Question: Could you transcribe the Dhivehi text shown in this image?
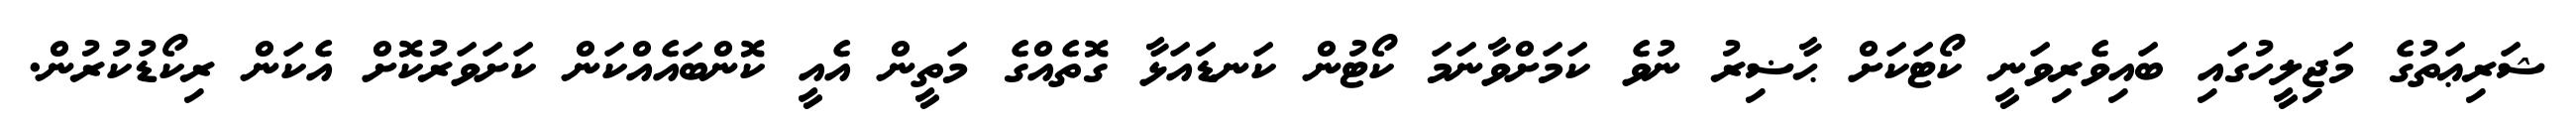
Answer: ޝަރިޢަތުގެ މަޖިލީހުގައި ބައިވެރިވަނީ ކޯޓަކަށް ޙާޟިރު ނުވެ ކަމަށްވާނަމަ ކޯޓުން ކަނޑައަޅާ ގޮތެއްގެ މަތީން އެއީ ކޮންބައެއްކަން ކަށަވަރުކޮށް އެކަން ރިކޯޑުކުރުން.